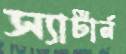
স্যাটার্ন